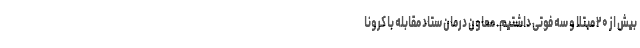
بیش از ۲۰ مبتلا و سه فوتی داشتیم. معاون درمان ستاد مقابله با کرونا